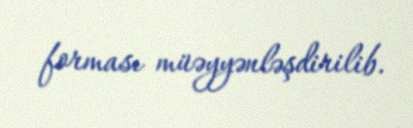
forması müəyyənləşdirilib.